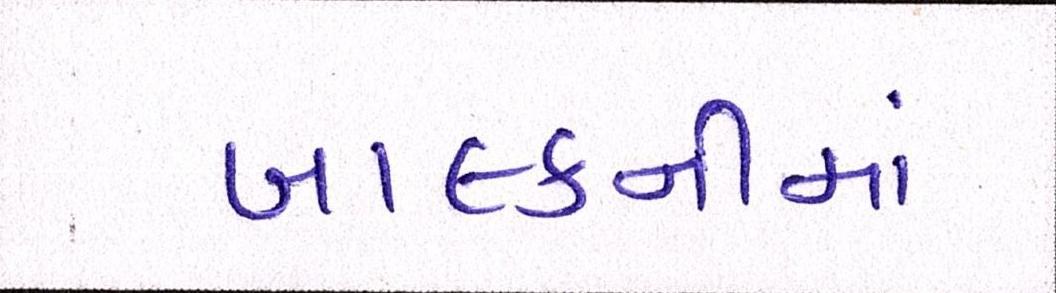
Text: બાલ્કનીમાં